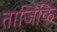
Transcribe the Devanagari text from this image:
ताजिकि